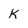
Character: K